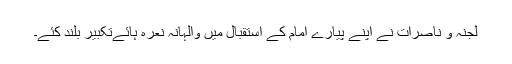
لجنہ و ناصرات نے اپنے پیارے امام کے استقبال میں والہانہ نعرہ ہائےتکبیر بلند کئے۔